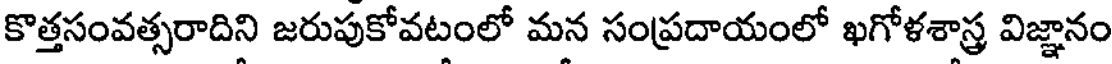
కొత్తసంవత్సరాదిని జరుపుకోవటంలో మన సంప్రదాయంలో ఖగోళశాస్త్ర విజ్ఞానం